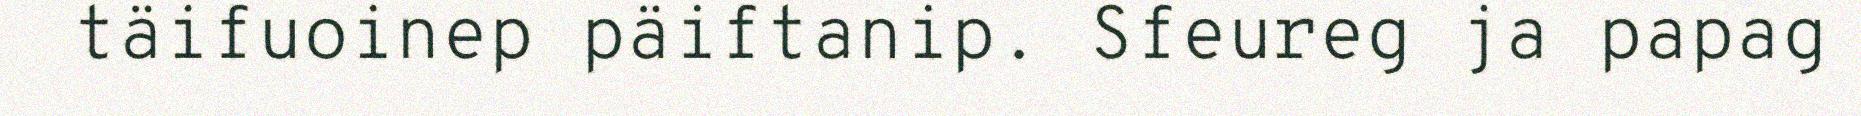
täifuoinep päiftanip. Sfeureg ja papag